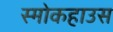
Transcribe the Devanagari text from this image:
स्मोकहाउस